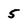
Character: 5